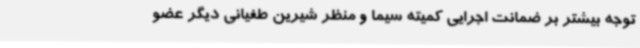
توجه بیشتر بر ضمانت اجرایی کمیته سیما و منظر شیرین طغیانی دیگر عضو